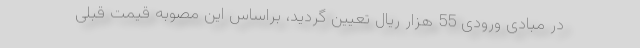
در مبادی ورودی 55 هزار ریال تعیین گردید، براساس این مصوبه قیمت قبلی